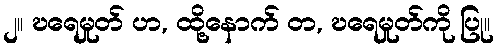
၂။ ဎရေမှုတ် ဟ, ထို့နောက် တ, ဎရေမှုတ်ကို ပြု။